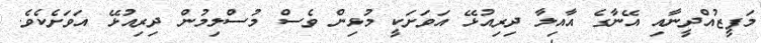
މަފީޒުއްދީނާއި އޭނާގެ އާއިލާ ދިރިއުޅޭ އަވަށަކީ މުޅިން ވެސް މުސްލިމުން ދިރިއުޅޭ އަވަށެކެވެ.